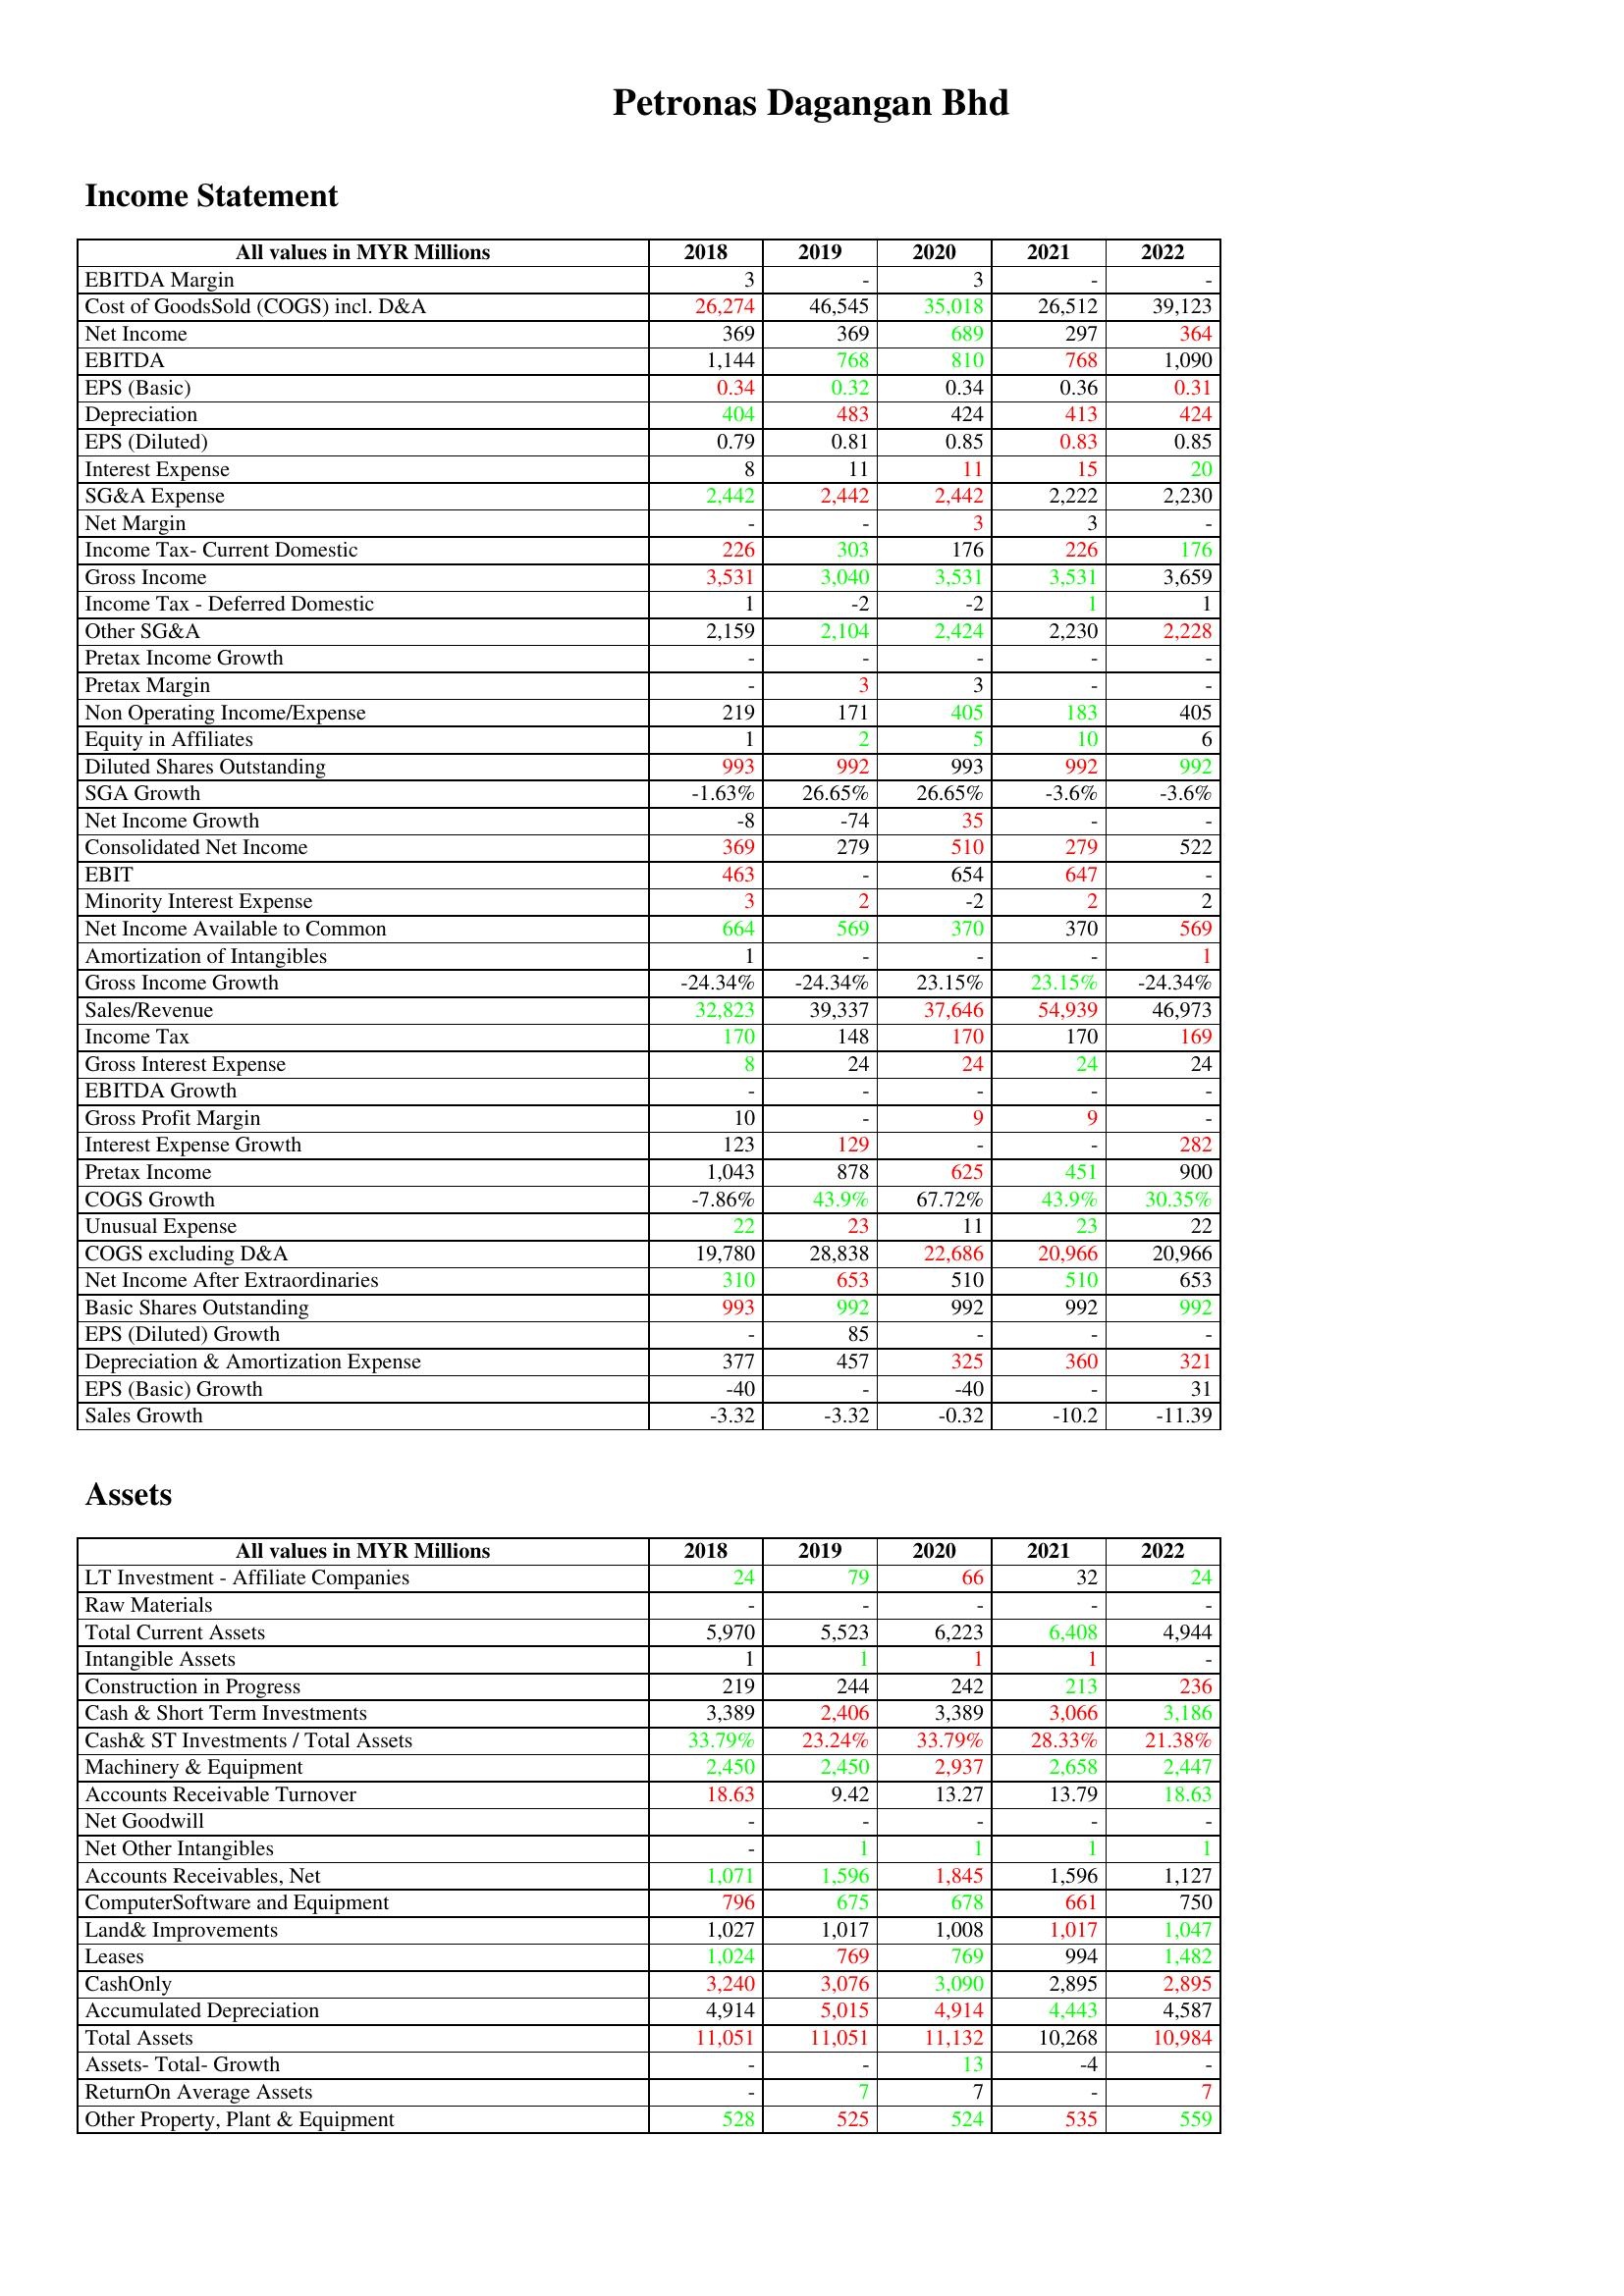
gt_parse: 2018: Income Statement: EBITDA Margin: 3
Cost of GoodsSold (COGS) incl. D&A: 26,274
Net Income: 369
EBITDA: 1,144
EPS (Basic): 0.34
Depreciation: 404
EPS (Diluted): 0.79
Interest Expense: 8
SG&A Expense: 2,442
Net Margin: -
Income Tax- Current Domestic: 226
Gross Income: 3,531
Income Tax - Deferred Domestic: 1
Other SG&A: 2,159
Pretax Income Growth: -
Pretax Margin: -
Non Operating Income/Expense: 219
Equity in Affiliates: 1
Diluted Shares Outstanding: 993
SGA Growth: -1.63%
Net Income Growth: -8
Consolidated Net Income: 369
EBIT: 463
Minority Interest Expense: 3
Net Income Available to Common: 664
Amortization of Intangibles: 1
Gross Income Growth: -24.34%
Sales/Revenue: 32,823
Income Tax: 170
Gross Interest Expense: 8
EBITDA Growth: -
Gross Profit Margin: 10
Interest Expense Growth: 123
Pretax Income: 1,043
COGS Growth: -7.86%
Unusual Expense: 22
COGS excluding D&A: 19,780
Net Income After Extraordinaries: 310
Basic Shares Outstanding: 993
EPS (Diluted) Growth: -
Depreciation & Amortization Expense: 377
EPS (Basic) Growth: -40
Sales Growth: -3.32
Assets: LT Investment - Affiliate Companies: 24
Raw Materials: -
Total Current Assets: 5,970
Intangible Assets: 1
Construction in Progress: 219
Cash & Short Term Investments: 3,389
Cash& ST Investments / Total Assets: 33.79%
Machinery & Equipment: 2,450
Accounts Receivable Turnover: 18.63
Net Goodwill: -
Net Other Intangibles: -
Accounts Receivables, Net: 1,071
ComputerSoftware and Equipment: 796
Land& Improvements: 1,027
Leases: 1,024
CashOnly: 3,240
Accumulated Depreciation: 4,914
Total Assets: 11,051
Assets- Total- Growth: -
ReturnOn Average Assets: -
Other Property, Plant & Equipment: 528
2019: Income Statement: EBITDA Margin: -
Cost of GoodsSold (COGS) incl. D&A: 46,545
Net Income: 369
EBITDA: 768
EPS (Basic): 0.32
Depreciation: 483
EPS (Diluted): 0.81
Interest Expense: 11
SG&A Expense: 2,442
Net Margin: -
Income Tax- Current Domestic: 303
Gross Income: 3,040
Income Tax - Deferred Domestic: -2
Other SG&A: 2,104
Pretax Income Growth: -
Pretax Margin: 3
Non Operating Income/Expense: 171
Equity in Affiliates: 2
Diluted Shares Outstanding: 992
SGA Growth: 26.65%
Net Income Growth: -74
Consolidated Net Income: 279
EBIT: -
Minority Interest Expense: 2
Net Income Available to Common: 569
Amortization of Intangibles: -
Gross Income Growth: -24.34%
Sales/Revenue: 39,337
Income Tax: 148
Gross Interest Expense: 24
EBITDA Growth: -
Gross Profit Margin: -
Interest Expense Growth: 129
Pretax Income: 878
COGS Growth: 43.9%
Unusual Expense: 23
COGS excluding D&A: 28,838
Net Income After Extraordinaries: 653
Basic Shares Outstanding: 992
EPS (Diluted) Growth: 85
Depreciation & Amortization Expense: 457
EPS (Basic) Growth: -
Sales Growth: -3.32
Assets: LT Investment - Affiliate Companies: 79
Raw Materials: -
Total Current Assets: 5,523
Intangible Assets: 1
Construction in Progress: 244
Cash & Short Term Investments: 2,406
Cash& ST Investments / Total Assets: 23.24%
Machinery & Equipment: 2,450
Accounts Receivable Turnover: 9.42
Net Goodwill: -
Net Other Intangibles: 1
Accounts Receivables, Net: 1,596
ComputerSoftware and Equipment: 675
Land& Improvements: 1,017
Leases: 769
CashOnly: 3,076
Accumulated Depreciation: 5,015
Total Assets: 11,051
Assets- Total- Growth: -
ReturnOn Average Assets: 7
Other Property, Plant & Equipment: 525
2020: Income Statement: EBITDA Margin: 3
Cost of GoodsSold (COGS) incl. D&A: 35,018
Net Income: 689
EBITDA: 810
EPS (Basic): 0.34
Depreciation: 424
EPS (Diluted): 0.85
Interest Expense: 11
SG&A Expense: 2,442
Net Margin: 3
Income Tax- Current Domestic: 176
Gross Income: 3,531
Income Tax - Deferred Domestic: -2
Other SG&A: 2,424
Pretax Income Growth: -
Pretax Margin: 3
Non Operating Income/Expense: 405
Equity in Affiliates: 5
Diluted Shares Outstanding: 993
SGA Growth: 26.65%
Net Income Growth: 35
Consolidated Net Income: 510
EBIT: 654
Minority Interest Expense: -2
Net Income Available to Common: 370
Amortization of Intangibles: -
Gross Income Growth: 23.15%
Sales/Revenue: 37,646
Income Tax: 170
Gross Interest Expense: 24
EBITDA Growth: -
Gross Profit Margin: 9
Interest Expense Growth: -
Pretax Income: 625
COGS Growth: 67.72%
Unusual Expense: 11
COGS excluding D&A: 22,686
Net Income After Extraordinaries: 510
Basic Shares Outstanding: 992
EPS (Diluted) Growth: -
Depreciation & Amortization Expense: 325
EPS (Basic) Growth: -40
Sales Growth: -0.32
Assets: LT Investment - Affiliate Companies: 66
Raw Materials: -
Total Current Assets: 6,223
Intangible Assets: 1
Construction in Progress: 242
Cash & Short Term Investments: 3,389
Cash& ST Investments / Total Assets: 33.79%
Machinery & Equipment: 2,937
Accounts Receivable Turnover: 13.27
Net Goodwill: -
Net Other Intangibles: 1
Accounts Receivables, Net: 1,845
ComputerSoftware and Equipment: 678
Land& Improvements: 1,008
Leases: 769
CashOnly: 3,090
Accumulated Depreciation: 4,914
Total Assets: 11,132
Assets- Total- Growth: 13
ReturnOn Average Assets: 7
Other Property, Plant & Equipment: 524
2021: Income Statement: EBITDA Margin: -
Cost of GoodsSold (COGS) incl. D&A: 26,512
Net Income: 297
EBITDA: 768
EPS (Basic): 0.36
Depreciation: 413
EPS (Diluted): 0.83
Interest Expense: 15
SG&A Expense: 2,222
Net Margin: 3
Income Tax- Current Domestic: 226
Gross Income: 3,531
Income Tax - Deferred Domestic: 1
Other SG&A: 2,230
Pretax Income Growth: -
Pretax Margin: -
Non Operating Income/Expense: 183
Equity in Affiliates: 10
Diluted Shares Outstanding: 992
SGA Growth: -3.6%
Net Income Growth: -
Consolidated Net Income: 279
EBIT: 647
Minority Interest Expense: 2
Net Income Available to Common: 370
Amortization of Intangibles: -
Gross Income Growth: 23.15%
Sales/Revenue: 54,939
Income Tax: 170
Gross Interest Expense: 24
EBITDA Growth: -
Gross Profit Margin: 9
Interest Expense Growth: -
Pretax Income: 451
COGS Growth: 43.9%
Unusual Expense: 23
COGS excluding D&A: 20,966
Net Income After Extraordinaries: 510
Basic Shares Outstanding: 992
EPS (Diluted) Growth: -
Depreciation & Amortization Expense: 360
EPS (Basic) Growth: -
Sales Growth: -10.2
Assets: LT Investment - Affiliate Companies: 32
Raw Materials: -
Total Current Assets: 6,408
Intangible Assets: 1
Construction in Progress: 213
Cash & Short Term Investments: 3,066
Cash& ST Investments / Total Assets: 28.33%
Machinery & Equipment: 2,658
Accounts Receivable Turnover: 13.79
Net Goodwill: -
Net Other Intangibles: 1
Accounts Receivables, Net: 1,596
ComputerSoftware and Equipment: 661
Land& Improvements: 1,017
Leases: 994
CashOnly: 2,895
Accumulated Depreciation: 4,443
Total Assets: 10,268
Assets- Total- Growth: -4
ReturnOn Average Assets: -
Other Property, Plant & Equipment: 535
2022: Income Statement: EBITDA Margin: -
Cost of GoodsSold (COGS) incl. D&A: 39,123
Net Income: 364
EBITDA: 1,090
EPS (Basic): 0.31
Depreciation: 424
EPS (Diluted): 0.85
Interest Expense: 20
SG&A Expense: 2,230
Net Margin: -
Income Tax- Current Domestic: 176
Gross Income: 3,659
Income Tax - Deferred Domestic: 1
Other SG&A: 2,228
Pretax Income Growth: -
Pretax Margin: -
Non Operating Income/Expense: 405
Equity in Affiliates: 6
Diluted Shares Outstanding: 992
SGA Growth: -3.6%
Net Income Growth: -
Consolidated Net Income: 522
EBIT: -
Minority Interest Expense: 2
Net Income Available to Common: 569
Amortization of Intangibles: 1
Gross Income Growth: -24.34%
Sales/Revenue: 46,973
Income Tax: 169
Gross Interest Expense: 24
EBITDA Growth: -
Gross Profit Margin: -
Interest Expense Growth: 282
Pretax Income: 900
COGS Growth: 30.35%
Unusual Expense: 22
COGS excluding D&A: 20,966
Net Income After Extraordinaries: 653
Basic Shares Outstanding: 992
EPS (Diluted) Growth: -
Depreciation & Amortization Expense: 321
EPS (Basic) Growth: 31
Sales Growth: -11.39
Assets: LT Investment - Affiliate Companies: 24
Raw Materials: -
Total Current Assets: 4,944
Intangible Assets: -
Construction in Progress: 236
Cash & Short Term Investments: 3,186
Cash& ST Investments / Total Assets: 21.38%
Machinery & Equipment: 2,447
Accounts Receivable Turnover: 18.63
Net Goodwill: -
Net Other Intangibles: 1
Accounts Receivables, Net: 1,127
ComputerSoftware and Equipment: 750
Land& Improvements: 1,047
Leases: 1,482
CashOnly: 2,895
Accumulated Depreciation: 4,587
Total Assets: 10,984
Assets- Total- Growth: -
ReturnOn Average Assets: 7
Other Property, Plant & Equipment: 559